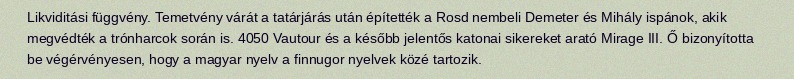
Likviditási függvény. Temetvény várát a tatárjárás után építették a Rosd nembeli Demeter és Mihály ispánok, akik megvédték a trónharcok során is. 4050 Vautour és a később jelentős katonai sikereket arató Mirage III. Ő bizonyította be végérvényesen, hogy a magyar nyelv a finnugor nyelvek közé tartozik.